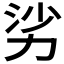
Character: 𪟜